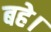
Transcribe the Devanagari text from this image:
बहे।